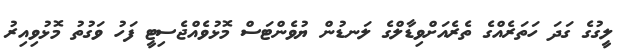
ލީގުގެ ގަދަ ހަތަރެއްގެ ތެރެއަށްވިޑާލްގެ ލަނޑުން ޔުވެންޓަސް މޮޅުވެއްޖެސިޓީ ފަހު ވަގުތު މޮޅުވިއިރު